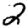
Digit: 2